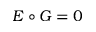
E \circ G = 0